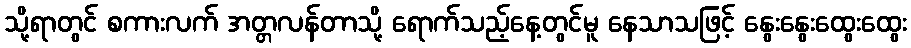
သို့ရာတွင် စကားလက် အတ္တလန်တာသို့ ရောက်သည့်နေ့တွင်မူ နေသာသဖြင့် နွေးနွေးထွေးထွေး